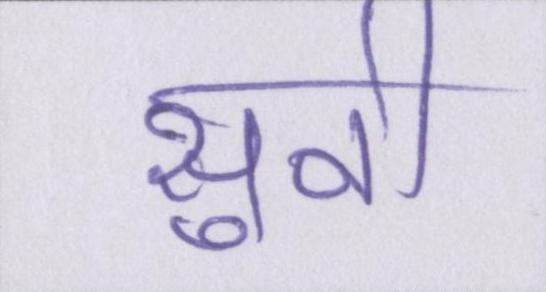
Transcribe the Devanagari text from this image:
सुनी